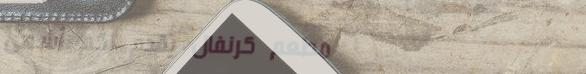
مطعم كرنفال يقدم لكم أشهى